Indian journal of veterinary science and animal husbandry - Volume 9,
Year: 1939
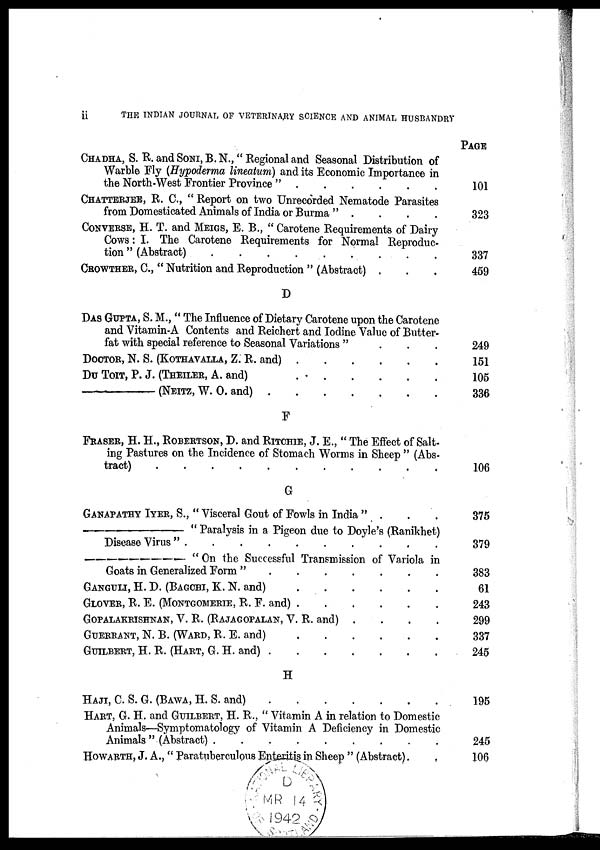
ii
THE INDIAN JOURNAL OF VETERINARY SCIENCE AND ANIMAL HUSBANDRY
CHADHA, S. R. and SONI, B.N.," Regional and Seasonal Distribution of
Warble Fly (Hypoderma lineatum) and its Economic Importance in
the North-West Frontier Province "
.
.
.
.
.
.
CHATTERJEE, R. C, " Report on two Unrecorded Nematode Parasites
from Domesticated Animals of India or Burma"
.
.
.
.
CONVERSE, H. T. and MEIGS, E. B., " Carotene Requirements of Dairy
Cows : I. The Carotene Requirements for Normal Reproduc-
tion " (Abstract)
.
.
.
.
.
.
.
.
.
CROWTHER, C, " Nutrition and Reproduction " (Abstract) . . .
D
DAS GUPTA, S. M., " The Influence of Dietary Carotene upon the Carotene
and Vitamin-A Contents and Reichert and Iodine Value of Butter-
fat with special reference to Seasonal Variations " . . .
DOCTOR, N. S. (KOTHAVALLA, Z. R. and)
.
.
.
.
.
.
DU TOIT, P. J. (THEILER, A. and)
.
.
.
.
.
.
— (NEITZ, W. O. and)
.
.
.
.
.
.
.
F
FRASER, H. H., ROBEETSON, D. and RITCHIE, J. E., " The Effect of Salt-
ing Pastures on the Incidence of Stomach Worms in Sheep " (Abs-
tract) . . . . . . . . . . .
G
GANAPATHY IYER, S., " Visceral Gout of Fowls in India " . . .
—
" Paralysis in a Pigeon due to Doyle's (Ranikhet)
Disease Virus "
.
.
.
.
.
.
.
.
.
.
— " On the Successful Transmission of Variola in
Goats in Generalized Form " . . . . . . .
GANGULI, H. D. (BAGCHI, K. N. and) . . . . . .
GLOVER, R. E. (MONTGOMERIE, R. F. and) . . . . . .
GOPALAKRISHNAN, V. R. (RAJAGOPALAN, V. R. and)
.
.
.
.
GUERRANT, N. B. (WARD, R. E. and) . . . . . .
GUILBERT, H. R. (HART, G. H. and) . . . . . . .
H
HAJI, C. S. G. (BAWA, H. S. and)
.
.
.
.
.
.
.
HART, G. H. AND GUILBERT, H. R., " Vitamin A in relation to Domestic
Animals—Symptomatology of Vitamin A Deficiency in Domestic
Animals " (Abstract)
.
.
.
.
.
.
.
.
.
.
HOWARTH, J. A., " Paratuberculous Enteritis in Sheep " (Abstract) . .
PAGE
101
323
337
459
249
151
105
336
106
375
379
383
61
243
299
337
245
195
245
106